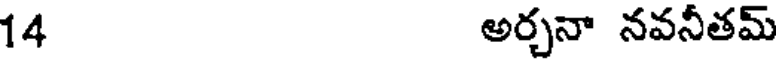
14 అర్చనా నవనీతమ్